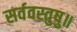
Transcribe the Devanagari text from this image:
सर्ववस्तुषु॥